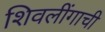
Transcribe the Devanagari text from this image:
शिवलींगाची